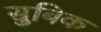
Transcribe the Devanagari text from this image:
सुबिक